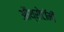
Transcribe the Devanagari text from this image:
ऑथ्रोटॉमी